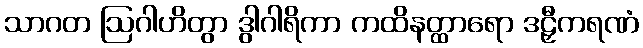
သာဂတ ဩဂါဟိတွာ ဒွါဂါရိကာ ကထိနတ္ထာရော ဒဠှီကရဏံ